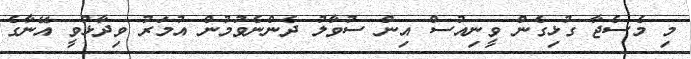
މި މެސެޖާ ގުޅިގެން ވީނިއުސް އިން ސުވާލު ދެންނެވުމުން އުމަރު ވިދާޅުވީ އޭނާގެ